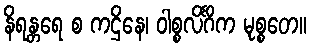
နိရန္တရေ စ ကဌိနေ၊ ဝါစ္စလိင်္ဂိက မုစ္စတေ။